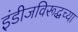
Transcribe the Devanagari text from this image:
इंडीजविरूद्धच्या